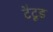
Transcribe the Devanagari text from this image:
टैटूड